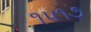
૧૫૧૭